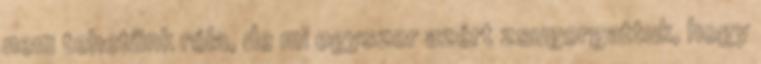
nem tehetünk róla, de mi egyszer azért zsugorgattuk, hogy